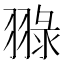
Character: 䎑